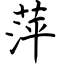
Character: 萍